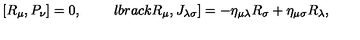
\lbrack R _ { \mu } , P _ { \nu } \rbrack = 0 , \qquad \ l b r a c k R _ { \mu } , J _ { \lambda \sigma } \rbrack = - \eta _ { \mu \lambda } R _ { \sigma } + \eta _ { \mu \sigma } R _ { \lambda } ,